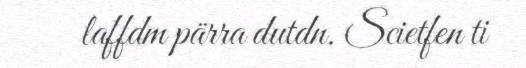
laffdm pärra dutdn. Scietfen ti